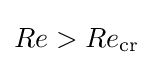
Re>Re_{\mathrm {cr} }